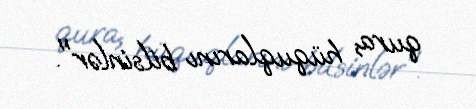
qura, hüquqlarını bilsinlər".